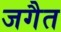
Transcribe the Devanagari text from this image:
जगैत